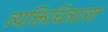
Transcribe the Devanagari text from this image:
व्यक्तिचित्राला